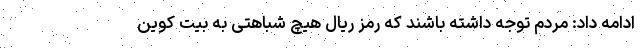
ادامه داد: مردم توجه داشته باشند که رمز ریال هیچ شباهتی به بیت کوین